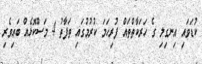
ކުޑަވައި އިނގިލި ގެ ހަރަކާތްތައް ފުރިހަމަ ކުރުމުގައި ތަފާތު 4 މަސްކޮޅެއް ބައިވެރި